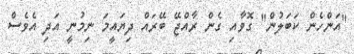
"އަންހެން ކަބަލުން" ގޮވާއި ގެން ރާއްޖޭ ބޭރައް ދިޔައީމަ ނިމުނީ އަދި އެވެސް